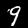
Digit: 9